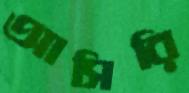
আসিরি